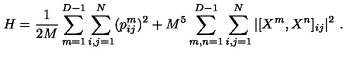
H = \frac { 1 } { 2 M } \sum _ { m = 1 } ^ { D - 1 } \sum _ { i , j = 1 } ^ { N } ( p _ { i j } ^ { m } ) ^ { 2 } + M ^ { 5 } \sum _ { m , n = 1 } ^ { D - 1 } \sum _ { i , j = 1 } ^ { N } | [ X ^ { m } , X ^ { n } ] _ { i j } | ^ { 2 } \ .